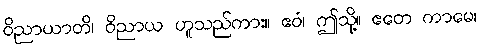
ဝိညာယာတိ၊ ဝိညာယ ဟူသည်ကား။ ဧဝံ၊ ဤသို့။ ဧတေ ကာမေ၊